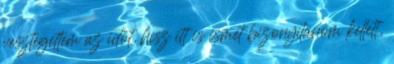
vesztegettem az időt, hisz itt is ismét bizonyítanom kellett,